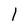
Character: l